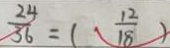
\frac { 2 4 } { 3 6 } = ( \frac { 1 2 } { 1 8 } )